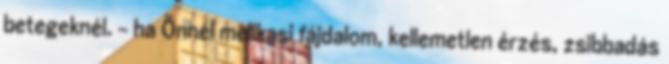
betegeknél. - ha Önnél mellkasi fájdalom, kellemetlen érzés, zsibbadás